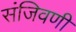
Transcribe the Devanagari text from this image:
संजिवणी